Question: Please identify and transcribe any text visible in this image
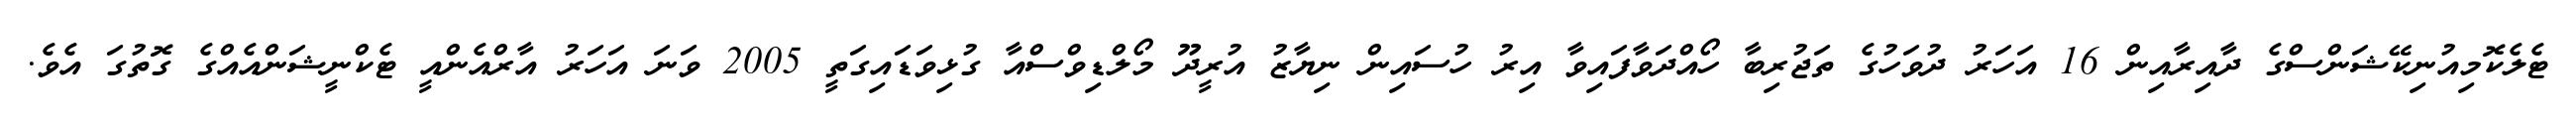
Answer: ޓެލެކޮމިއުނިކޭޝަންސްގެ ދާއިރާއިން 16 އަހަރު ދުވަހުގެ ތަޖުރިބާ ހޯއްދަވާފައިވާ އިރު ހުސައިން ނިޔާޒު އުރީދޫ މޯލްޑިވްސްއާ ގުޅިވަޑައިގަތީ 2005 ވަނަ އަހަރު އާރްއެންއީ ޓެކްނީޝަންއެއްގެ ގޮތުގަ އެވެ.